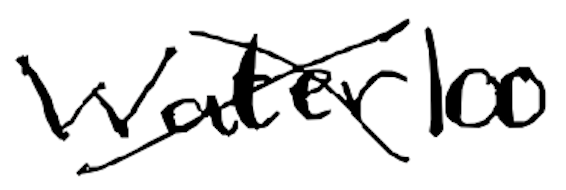
Text: Waterloo
Cross-out: cross
Writing tool: digital_black